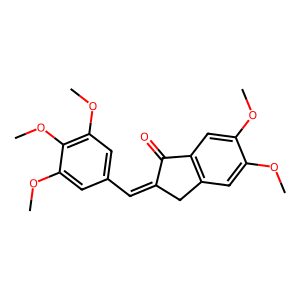
SMILES: COc1cc2c(cc1OC)C(=O)C(=Cc1cc(OC)c(OC)c(OC)c1)C2
Inhibits HIV replication: No